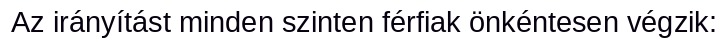
Az irányítást minden szinten férfiak önkéntesen végzik: